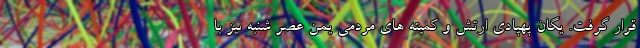
قرار گرفت. یگان پهپادی ارتش و کمیته های مردمی یمن عصر شنبه نیز با